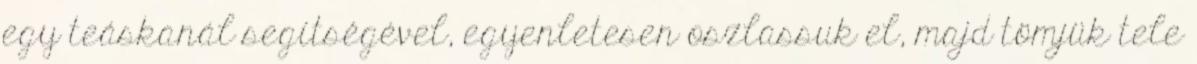
egy teáskanál segítségével, egyenletesen oszlassuk el, majd tömjük tele